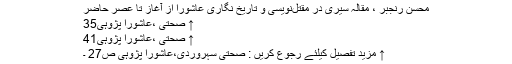
محسن رنجبر ، مقالہ سيرى‌ در مقتل‌نويسى‌ و تاريخ‌ نگارى‌ عاشورا از آغاز تا عصر حاضر
↑ صحتی ،عاشورا پژوہی35
↑ صحتی ،عاشورا پژوہی41
↑ مزید تفصیل کیلئے رجوع کریں : صحتی سہروردی،عاشورا پژوہی ص27 ۔